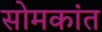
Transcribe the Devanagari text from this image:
सोमकांत